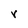
Character: r